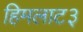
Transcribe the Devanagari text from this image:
हिमलाट३